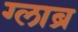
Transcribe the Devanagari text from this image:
ग्लाब्र